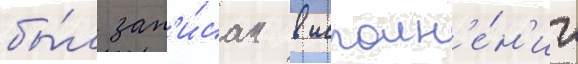
бы́л зап'и́сан в исполн'е́н'ии